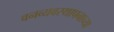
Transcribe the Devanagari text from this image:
वनव्यवस्थापनाच्या